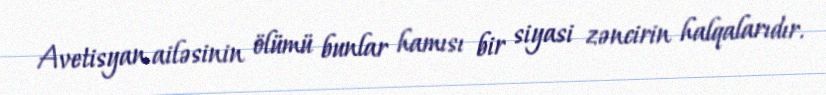
Avetisyan ailəsinin ölümü bunlar hamısı bir siyasi zəncirin halqalarıdır.